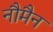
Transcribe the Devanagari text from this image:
नौमैन